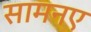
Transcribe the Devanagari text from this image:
सामनए